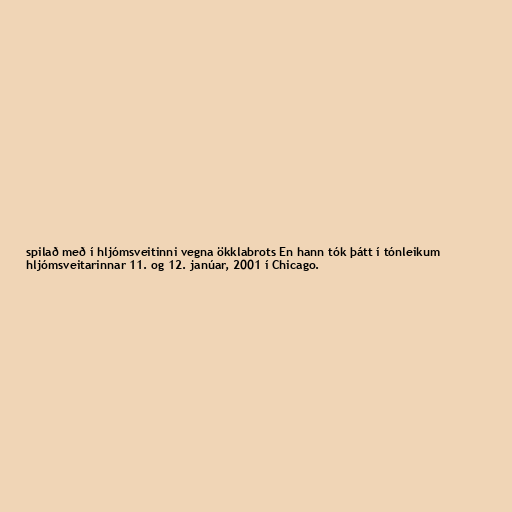
spilað með í hljómsveitinni vegna ökklabrots En hann tók þátt í tónleikum
hljómsveitarinnar 11. og 12. janúar, 2001 í Chicago.